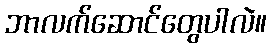
ဘာလက်ဆောင်တွေပါလဲ။